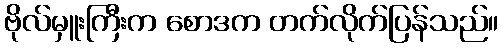
ဗိုလ်မှူးကြီးက စောဒက တက်လိုက်ပြန်သည်။